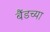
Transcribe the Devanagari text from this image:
बैंडच्या